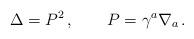
LaTeX: \begin{align*}\Delta =P^2\,,\qquad P=\gamma^a\nabla_a \,. \end{align*}